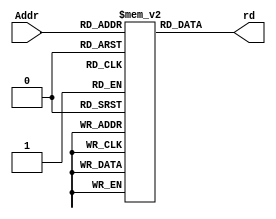
module imem (input [7:0] Addr , output [15:0] rd);

reg [15:0] RAM[256:0];
initial


begin
RAM[8'b00000000]=16'b0100110000000101;
RAM[8'b00000001]=16'b0100111000001010;
RAM[8'b00000010]=16'b1111110000000000;
RAM[8'b00000011]=16'b1111111000000001;
RAM[8'b00000100]=16'b1011001000000000;
RAM[8'b00000101]=16'b1011010000000001;
RAM[8'b00000110]=16'b0000011011010000;
RAM[8'b00000111]=16'b0100001001111111;
RAM[8'b00001000]=16'b1000001000001010;
RAM[8'b00001001]=16'b0010000000000110;

end



assign rd = RAM[Addr]; 
endmodule